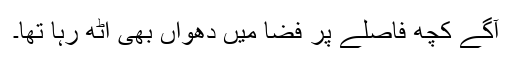
آگے کچھ فاصلے پر فضا میں دھواں بھی اٹھ رہا تھا۔